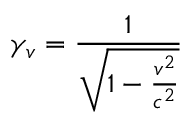
\gamma _ { v } = { \frac { 1 } { \sqrt { 1 - { \frac { v ^ { 2 } } { c ^ { 2 } } } } } }